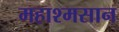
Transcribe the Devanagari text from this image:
महाश्मसान